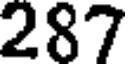
287